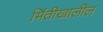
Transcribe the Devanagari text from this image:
भिंतीखालील